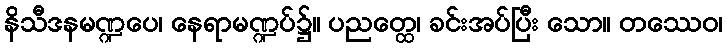
နိသီဒနမဏ္ဍပေ၊ နေရာမဏ္ဍပ်၌။ ပညတ္ထေ၊ ခင်းအပ်ပြီး သော။ တဿေဝ၊